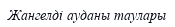
Жангелді ауданы таулары